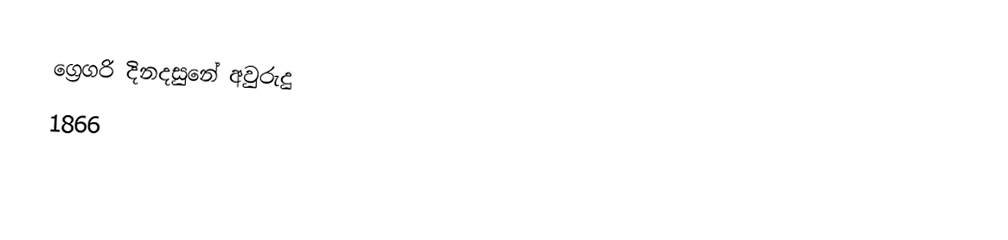
ග්‍රෙගරි දිනදසුනේ අවුරුදු
1866